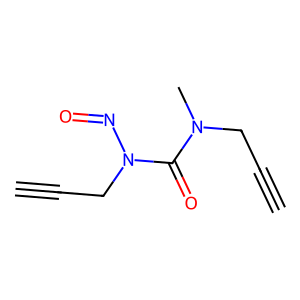
SMILES: C#CCN(C)C(=O)N(CC#C)N=O
Inhibits HIV replication: No